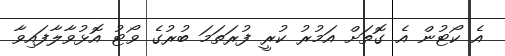
އެ ކޯޓުން އެ ގޮތަށް އަމުރު ކުރީ ފުރަތަމަ ބުރުގެ ވޯޓު އޮޅުވާލާފައިވާ